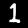
Digit: 1